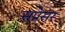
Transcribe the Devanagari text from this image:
सप्रेसर